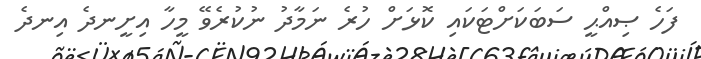
ފަހެ ޞިއްޙީ ސަބަކަށްޓަަކައި ކޮޅަށް ހުރެ ނަމާދު ނުކުރެވޭ މީހާ އިށީނދެ އިނދެ